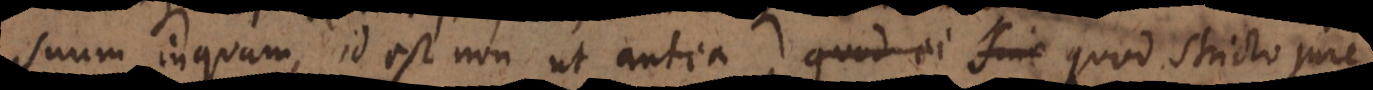
Suum inquam, id est non ut antea, quod ei sine injustitia